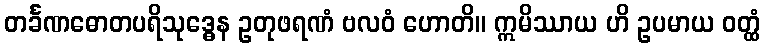
တင်္ခဏဓောတပရိသုဒ္ဓေန ဥတုဖရဏံ ဗလဝံ ဟောတိ။ ဣမိဿာယ ဟိ ဥပမာယ ဝတ္ထံ